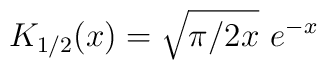
K_{1/2} (x) = \sqrt{\pi/2x}\,\, e^{-x}